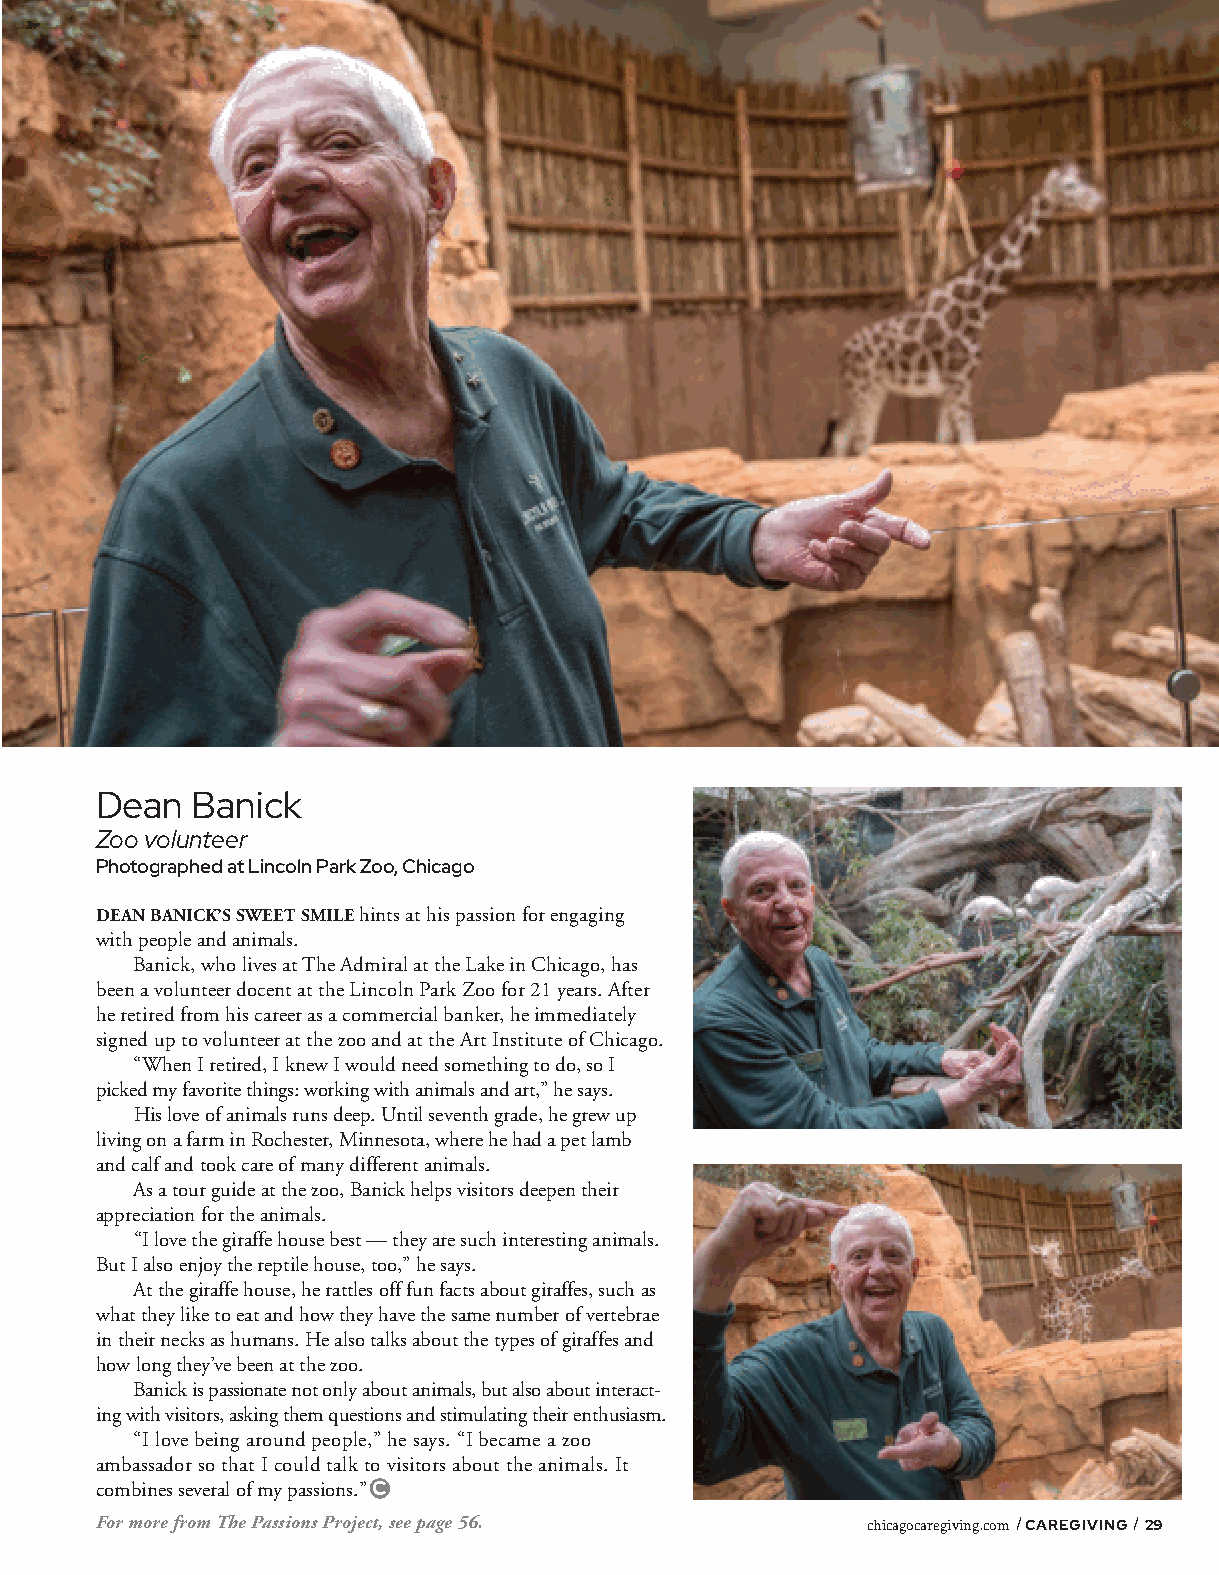
Dean   Banick
 Zoo volunteer
 Photographed at Lincoln Park Zoo, Chicago
 DEAN BANICK’S SWEET SMILE hints at his passion for engaging
 with people and animals.
 Banick, who lives at The Admiral at the Lake in Chicago, has
 been a volunteer docent at the Lincoln Park Zoo for 21 years. After
 he retired from his career as a commercial banker, he immediately
 signed up to volunteer at the zoo and at the Art Institute of Chicago.
 “When I retired, I knew I would need something to do, so I
 picked my favorite things: working with animals and art,” he says.
 His love of animals runs deep. Until seventh grade, he grew up
 living on a farm in Rochester, Minnesota, where he had a pet lamb
 and calf and took care of many different animals.
 As a tour guide at the zoo, Banick helps visitors deepen their
 appreciation for the animals.
 “I love the giraffe house best — they are such interesting animals.
 But I also enjoy the reptile house, too,” he says.
 At the giraffe house, he rattles off fun facts about giraffes, such as
 what they like to eat and how they have the same number of vertebrae
 in their necks as humans. He also talks about the types of giraffes and
 how long they’ve been at the zoo.
 Banick is passionate not only about animals, but also about interact-
 ing with visitors, asking them questions and stimulating their enthusiasm.
 “I love being around people,” he says. “I became a zoo
 ambassador so that I could talk to visitors about the animals. It
 combines several of my passions.”C
 For more from The Passions Project, see page 56.   chicagocaregiving.com / CAREGIVING / 29